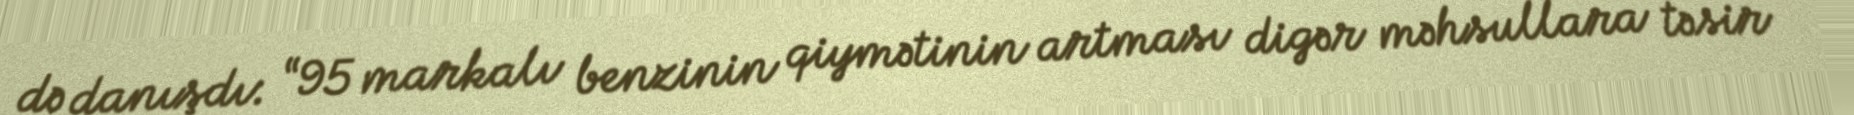
də danışdı: “95 markalı benzinin qiymətinin artması digər məhsullara təsir